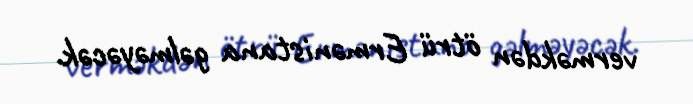
verməkdən ötrü Ermənistana gəlməyəcək.